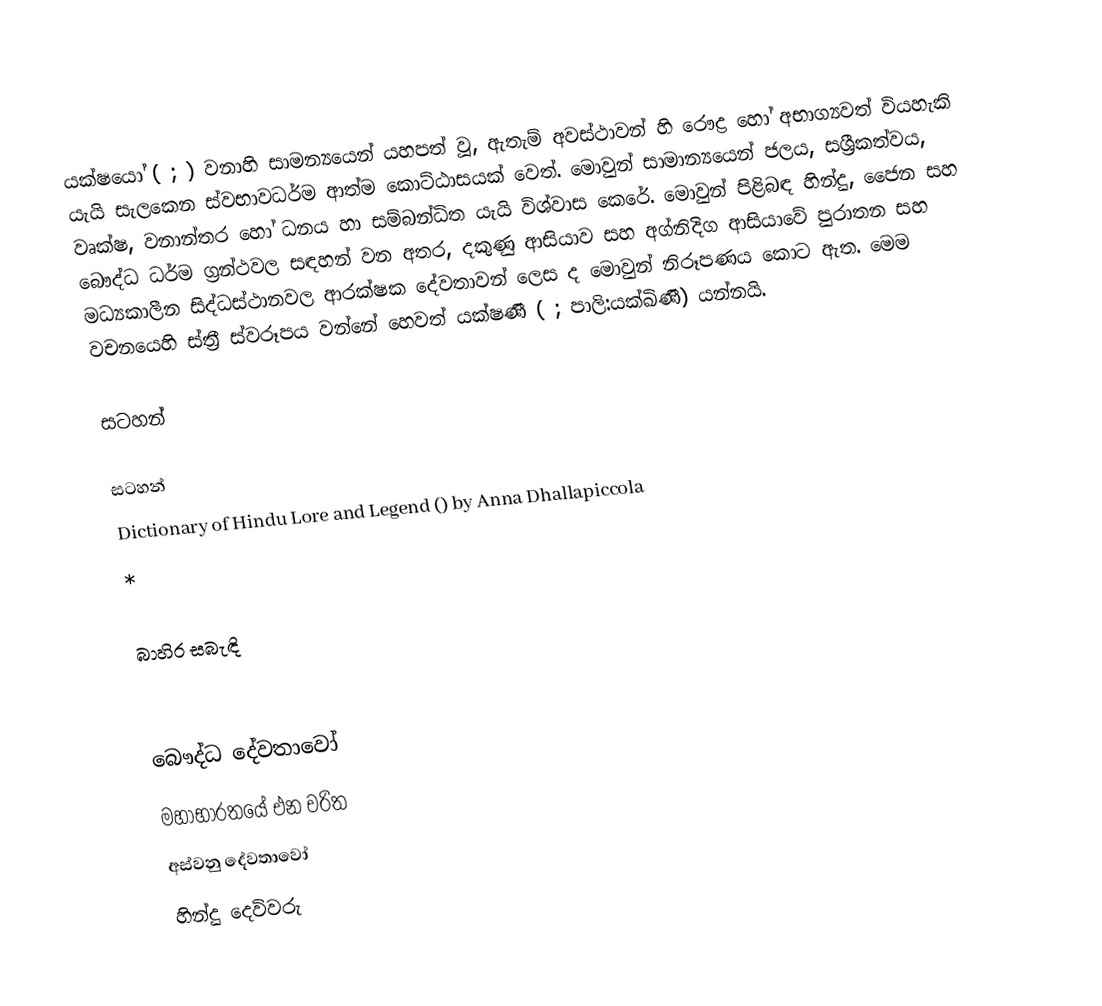
යක්ෂයෝ ( ; ) වනාහි සාමන්‍යයෙන් යහපත් වූ, ඇතැම් අවස්ථාවන් හි රෞද්‍ර හෝ අභාග්‍යවත් වියහැකි යැයි සැලකෙන ස්වභාවධර්ම ආත්ම කොට්ඨාසයක් වෙත්. මොවුන් සාමාන්‍යයෙන් ජලය, සශ්‍රීකත්වය, වෘක්ෂ, වනාන්තර හෝ ධනය හා සම්බන්ධිත යැයි විශ්වාස කෙරේ. මොවුන් පිළිබඳ හින්දු, ජෛන සහ බෞද්ධ ධර්ම ග්‍රන්ථවල සඳහන් වන අතර, දකුණු ආසියාව සහ අග්නිදිග ආසියාවේ පුරාතන සහ මධ්‍යකාලීන සිද්ධස්ථානවල ආරක්ෂක දේවතාවන් ලෙස ද මොවුන් නිරූපණය කොට ඇත. මෙම වචනයෙහි ස්ත්‍රී ස්වරූපය වන්නේ  හෙවත් යක්ෂණී ( ; පාලි:යක්ඛිණී) යන්නයි.

සටහන්

සටහන්
 Dictionary of Hindu Lore and Legend () by Anna Dhallapiccola
 *

බාහිර සබැඳි

බෞද්ධ දේවතාවෝ
මහාභාරතයේ එන චරිත
අස්වනු දේවතාවෝ
හින්දු දෙවිවරු